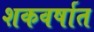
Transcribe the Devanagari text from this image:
शकवर्षात